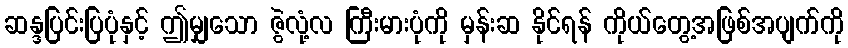
ဆန္ဒပြင်းပြပုံနှင့် ဤမျှသော ဇွဲလုံ့လ ကြီးမားပုံကို မှန်းဆ နိုင်ရန် ကိုယ်တွေ့အဖြစ်အပျက်ကို